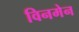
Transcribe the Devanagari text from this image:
विनमेन